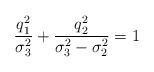
LaTeX: \begin{align*}\frac{q_1^2}{\sigma_3^2}+\frac{q_2^2}{\sigma_3^2-\sigma_2^2}=1\end{align*}